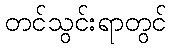
တင်သွင်းရာတွင်